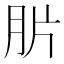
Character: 䏒